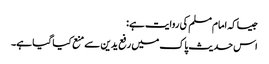
جیساکہ امام مسلم کی روایت ہے:
اس حدیث پاک میں رفع یدین سے منع کیا گیا ہے۔